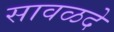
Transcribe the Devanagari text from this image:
सावळदे